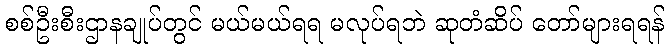
စစ်ဦးစီးဌာနချုပ်တွင် မယ်မယ်ရရ မလုပ်ရဘဲ ဆုတံဆိပ် တော်များရရန်